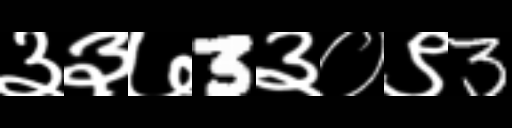
Text: ३३७3३०९3